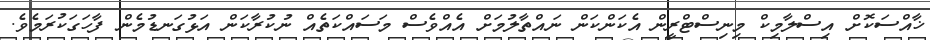
ޚާއްސަކޮށް އިސްލާމިކް މިނިސްޓްރީން އެކަންކަން ނައްތާލުމަށް އެއްވެސް މަސައްކަތެއް ނުކުރާކަން އަޅުގަނޑުމެން ފާހަގަކުރަމެވެ.